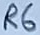
Text: R6